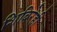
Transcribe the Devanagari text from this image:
शिबिरेही